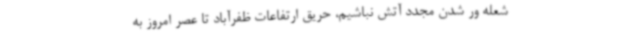
شعله ور شدن مجدد آتش نباشیم، حریق ارتفاعات ظفرآباد تا عصر امروز به